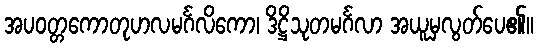
အပဝတ္တကောတုဟလမင်္ဂလိကော၊ ဒိဋ္ဌိသုတမင်္ဂလာ အယူမှလွတ်ပေ၏။